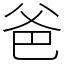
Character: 爸